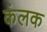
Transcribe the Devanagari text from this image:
कंलक